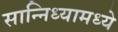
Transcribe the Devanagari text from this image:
सान्निध्यामध्ये